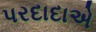
પરદાદાએ